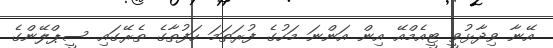
އޭނާ ވިދާޅުވީ ޓީއެމްއޭ އިން އަންނަ މަހުގެ ފުރަތަމަ ހަފުތާގެ ތެރޭގައި ސީޕްލޭންގެ